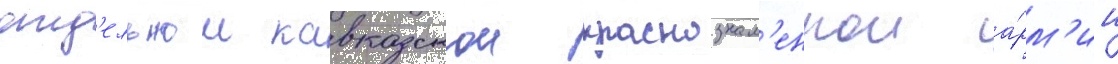
отд'ельнои кавказскои краснознам'еннои а́рм'ии